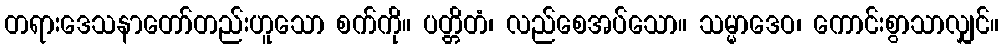
တရားဒေသနာတော်တည်းဟူသော စက်ကို။ ပတ္တိတံ၊ လည်စေအပ်သော။ သမ္မာဒေဝ၊ ကောင်းစွာသာလျှင်။